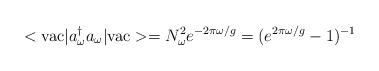
LaTeX: \begin{align*}<{\rm vac} | a_\omega^\dagger a_\omega|{\rm vac}> = N_\omega^2 e^{-2\pi \omega/g} = (e^{2\pi \omega/g}-1)^{-1}\end{align*}